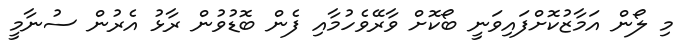
މި ލޯން އަމާޒުކޮށްފައިވަނީ ބޯކޮށް ވާރޭވެހުމާއި ފެން ބޮޑުވުން ރާޅު އެރުން ސުނާމީ